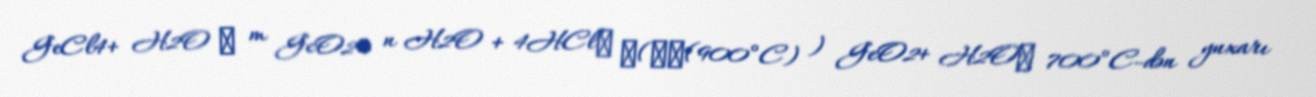
GeCl4+ H2O → m GeO2• n H2O + 4HCl↑ □(→┴(900°C) ) GeO2+ H2O↑ 700°C-dən yuxarı